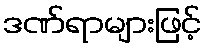
ဒဏ်ရာများဖြင့်